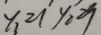
y _ { 1 } = 1 y _ { 2 } = 9